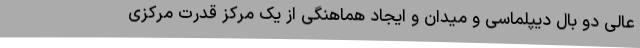
عالی دو بال دیپلماسی و میدان و ایجاد هماهنگی از یک مرکز قدرت مرکزی